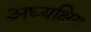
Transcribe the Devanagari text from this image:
अध्यक्षिय